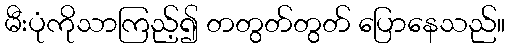
မီးပုံကိုသာကြည့်၍ တတွတ်တွတ် ပြောနေသည်။